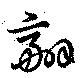
翮